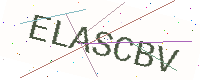
Text: ELASCBV